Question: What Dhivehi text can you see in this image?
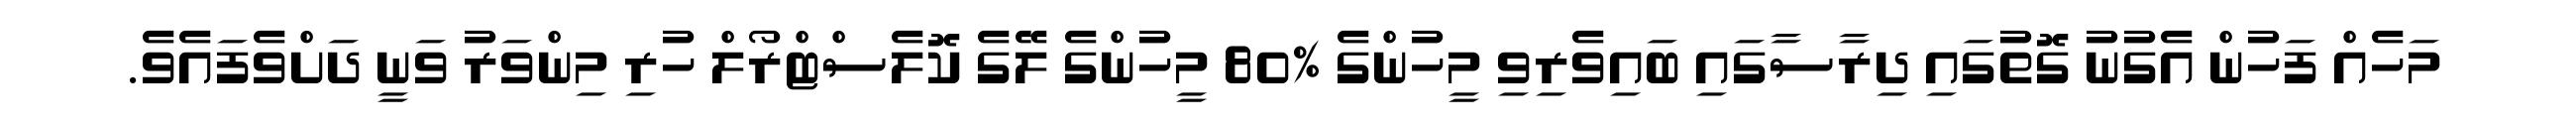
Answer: މަހެއް ފަހުން އެގުނު ގޮތުގައި ދިރާސާގައި ބައިވެރިވި މީހުންގެ %80 މީހުންގެ ލޭގެ ކޮލެސްޓްރޯލް ހުރި މިންވަރު ވަނީ ދަށްވެފައެވެ.